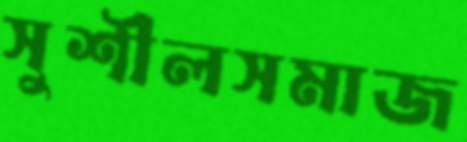
সুশীলসমাজ